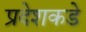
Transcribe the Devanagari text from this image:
प्रदेशकडे